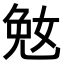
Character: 𫰲